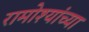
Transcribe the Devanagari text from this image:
रामोश्यांच्या